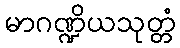
မာဂဏ္ဍိယသုတ္တံ